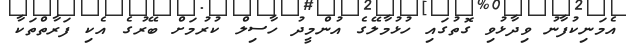
އެމަނިކުފާނު ވިދާޅުވި ގޮތުގައި ހުޅުމާލޭގެ އުންމީދު ހާސިލް ކުރުމަށް ބޭރުގެ އެކި ފަރާތްތަކާ